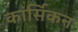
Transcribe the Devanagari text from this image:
कार्सिकन